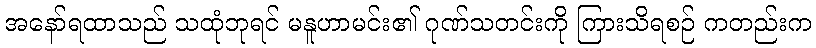
အနော်ရထာသည် သထုံဘုရင် မနူဟာမင်း၏ ဂုဏ်သတင်းကို ကြားသိရစဉ် ကတည်းက